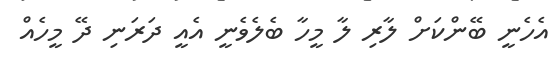
އެހެނީ ބޭންކަށް ލާރި ލާ މީހާ ބެލެވެނީ އެއީ ދަރަނި ދޭ މީހެއް